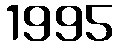
1995